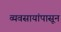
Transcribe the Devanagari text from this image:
व्यवसायांपासून